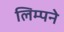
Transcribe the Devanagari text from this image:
लिम्पने